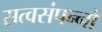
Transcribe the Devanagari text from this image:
सत्वसंपन्नों